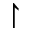
\upharpoonright